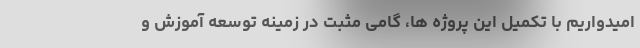
امیدواریم با تکمیل این پروژه ها، گامی مثبت در زمینه توسعه آموزش و